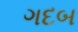
ગદબ